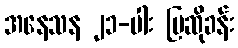
အနေသန ၂၁-ပါး ပြဆိုခန်း